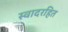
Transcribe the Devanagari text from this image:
स्वादरहित